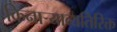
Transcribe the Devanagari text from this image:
किनाऱ्याव्यतिरिक्त